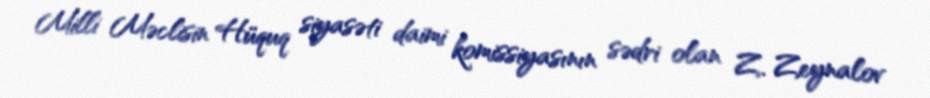
Milli Məclisin Hüquq siyasəti daimi komissiyasının sədri olan Z. Zeynalov